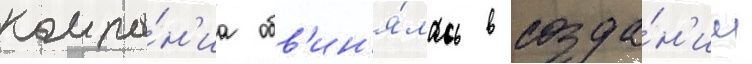
компа́н'иа обв'ин'я́лась в созда́н'ии